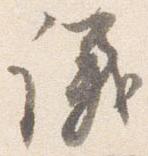
議